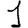
Digit: 1